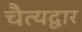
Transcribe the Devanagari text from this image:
चैत्यद्वार